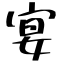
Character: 宴